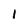
Character: l